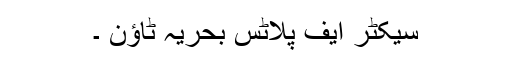
سیکٹر ایف پلاٹس بحریہ ٹاؤن ۔